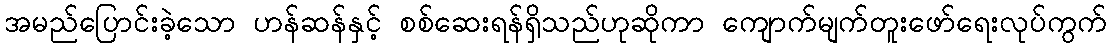
အမည်ပြောင်းခဲ့သော ဟန်ဆန်နှင့် စစ်ဆေးရန်ရှိသည်ဟုဆိုကာ ကျောက်မျက်တူးဖော်ရေးလုပ်ကွက်